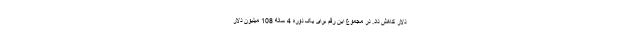
دلار کاهش داد. در مجموع این رقم برای یک دوره 4 ساله 108 میلیون دلار